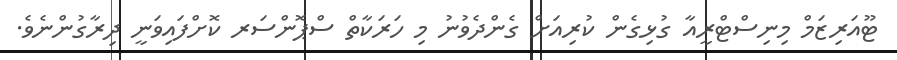
ޓޫއަރިޒަމް މިނިސްޓްރީއާ ގުޅިގެން ކުރިއަށް ގެންދެވުނު މި ހަރަކާތް ސްޕޮންސަރ ކޮށްފައިވަނީ ދިރާގުންނެވެ.